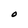
Character: O